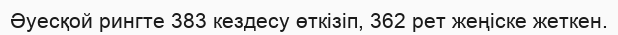
Әуесқой рингте 383 кездесу өткізіп, 362 рет жеңіске жеткен.